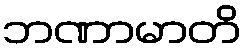
ဘဏာမာတိ